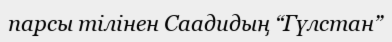
парсы тілінен Саадидың “Гүлстан”